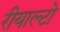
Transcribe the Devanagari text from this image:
रीयाल्टो